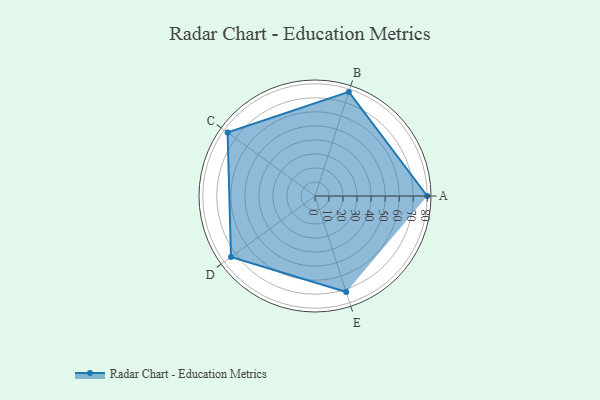
{"axis": {"x": "Skill", "y": "Score"}, "legend": ["Profile"], "data": [{"x": "A", "y": 80.0, "type": "Profile"}, {"x": "B", "y": 78.0, "type": "Profile"}, {"x": "C", "y": 77.0, "type": "Profile"}, {"x": "D", "y": 74.0, "type": "Profile"}, {"x": "E", "y": 72.0, "type": "Profile"}]}